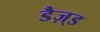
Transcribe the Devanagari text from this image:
डैज़्ड